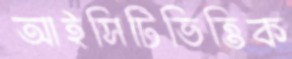
আইসিটিভিত্তিক